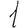
Digit: 1